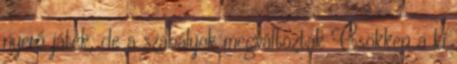
nyerő játék, de a szabályok megváltoztak Csökken a ki